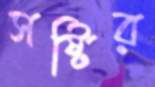
সষ্টির